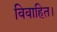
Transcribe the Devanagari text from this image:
विवाहित।